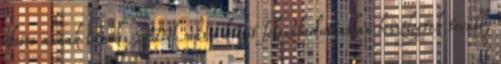
elsőre annak tűnik. Ettől máris kicsit felszabadultabban beszélgetek tovább,